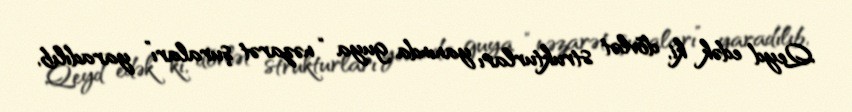
Qeyd edək ki, dövlət strukturları yanında guya “nəzarət şuraları” yaradılıb,